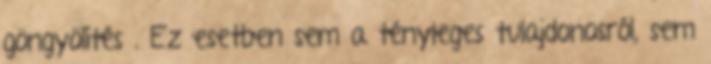
göngyölítés . Ez esetben sem a tényleges tulajdonosról, sem